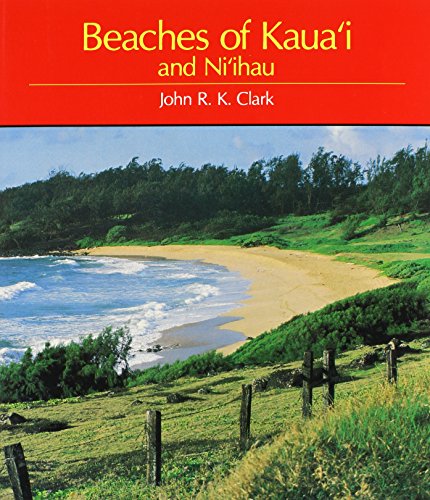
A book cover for Beaches of Kaua'I and Ni'Ihau (A Kolowalu Book); John R. K. Clark; Travel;